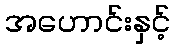
အဟောင်းနှင့်